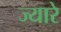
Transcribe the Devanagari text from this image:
ज्यारे